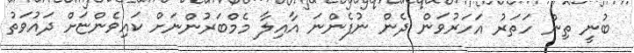
ބުނީ ތިން ހަތަރު އަހަރުވަން ދެން ނުފެންނަ އާއިލާ މެމްބަރުންނަށް ކައިވެންޏަށް ދައުވަތު